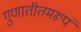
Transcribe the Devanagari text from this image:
गुणातीतमरूपं